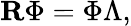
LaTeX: \mathbf{R}\Phi=\Phi\Lambda,